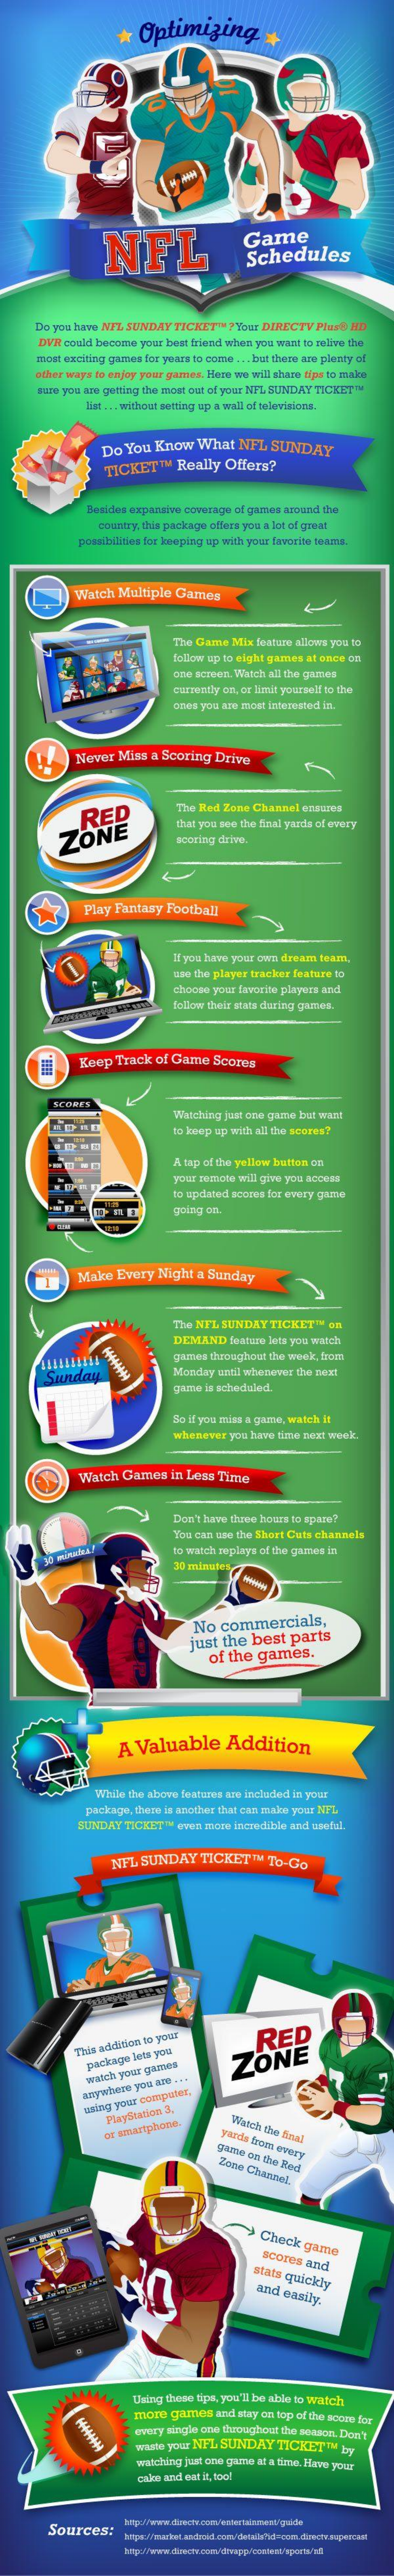
*  Optimizing    +
     NFL
     Game
     Schedules
     Do you have NIL SUNDAY TICKET"   ?Your DIRECTV Plast HD
     DVR could become your best friend when you want to relive the
     most exciting giuntais for years to come ... but thate kru plenty of
     other ways to enjoy your games. Here we will share tips to make
     sure you are getting the most out of your NFL SUNDAY TICKETTU
     list .. . without setting up a wall of televizices.
     Do You  Know   What   NFL  SUNDAY
     TICKET   ™  Really  Offers?
     Besides expansion coverage of gamus around the
     country, this package offers you a lot of great
     possibilisus for looping up with your favorite teams.
     Watch  Multiple  Games
     The Game  Mix feature allows you to
     follow up to eight games at once on
     una serum. Which all the gates
     currently on, or limit yourself to the
     ones you abe most interested in.
     Never  Miss a Scoring  Drive
     RED    The Red Zone Channel ezsures
     ZONE
     that you see the final yards of every
     scoring drive.
     Play Fantasy  Football
     If you have your own dream team.
     Da  the player tracker feature to
     choose your favorite players and
     follow their stats during games.
     Keep  Track of Game   Scores
     Watching just ora garan but want
     to keep up with all the scores?
     A tap of the yellow button on
     your remote will give you access
     to updated scores for every game
     going on.
     Make  Every   Night a Sunday
     The NFL SUNDAY   TICKET"  on
     94444444
     DEMAND    feature lets you watch
     gantes throughout the weak, fram
     Sunday    Monday  until whenever the zext
     game is scheduled
     So if you miss a game, watch It
     whenever you have time next week.
     Watch  Games   in Less Time
     Don't have three hours to spare?
     You can use the Short Cuts channels
     30 minaha!    to watch replays of the games in
     30 minutes,
     No  commercials,
     just  the best   parts
     of the  games.
     A  Valuable    Addition
     While the above features are included in your
     package, there is another that can make your NIT.
     BUNDAY  TICKET ™ even more incredible and useful.
     NFL  SUNDAY    TICKET   ™ To-Go
     RED
     This addition to your
     package low you
     ZONE
     watch your games
     anywhere
     you are ...
     asing yo'or
     computes,
     PlayStation
     3.
     Widok the Snal of
     smartphone.    yards from
     every game on the Red Zone
     Channel.
     Chock   game scores and
     stats quickly and easily.
     Laing these tips, you'll be able to watch
     44444444
     more  games  and stay on top of the score for
     every single one throughout the season. Don't
     waste your NFL SUNDAY   TICKETIN   by
     watching just one game at a time. Hirve your
     cake and eat it, too!
     Sources: